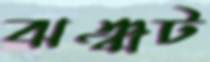
ঝঞ্ঝট